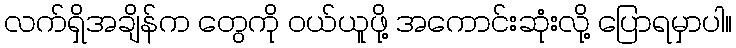
လက်ရှိအချိန်က တွေကို ဝယ်ယူဖို့ အကောင်းဆုံးလို့ ပြောရမှာပါ။